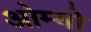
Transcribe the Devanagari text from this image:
ओम्बो